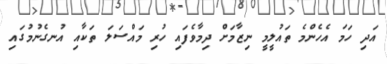
އަދި ހަމަ އެހެންމެ ތައުލީމީ ނިޒާމަށް ދިމާވެފައި ހުރި މައްސަލަ ތަކާއި އުނގެނުމުގައި